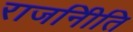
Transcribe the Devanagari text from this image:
राजनीिति